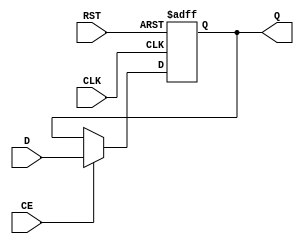
module input_register (
    input wire D,          // Data Input
    input wire CLK,        // Clock signal
    input wire RST,        // Asynchronous Reset
    input wire CE,         // Clock Enable (optional)
    output reg Q           // Data Output
);

// Asynchronous reset behavior
always @(posedge CLK or posedge RST) begin
    if (RST) begin
        Q <= 1'b0;        // Reset the output to 0
    end else if (CE) begin
        Q <= D;           // Capture the data from D on clock edge if CE is asserted
    end
end

endmodule